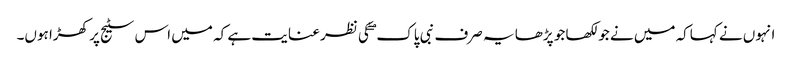
انہوں نے کہاکہ میں نے جو لکھا جو پڑھا یہ صرف نبی پاک ۖ کی نظر عنایت ہے کہ میں اس سٹیج پر کھڑا ہوں۔